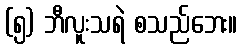
(၅) ဘီလူးသရဲ စသည်ဘေး။